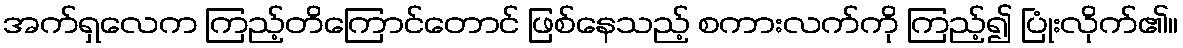
အက်ရှလေက ကြည့်တိကြောင်တောင် ဖြစ်နေသည့် စကားလက်ကို ကြည့်၍ ပြုံးလိုက်၏။